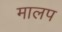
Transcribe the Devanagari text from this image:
मालप